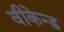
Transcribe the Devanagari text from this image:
वीकेन्ड